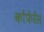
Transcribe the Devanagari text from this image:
कोंफेरेंस